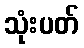
သုံးပတ်